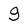
Character: g